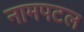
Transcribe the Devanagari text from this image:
नामपटल